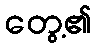
တွေ့၏